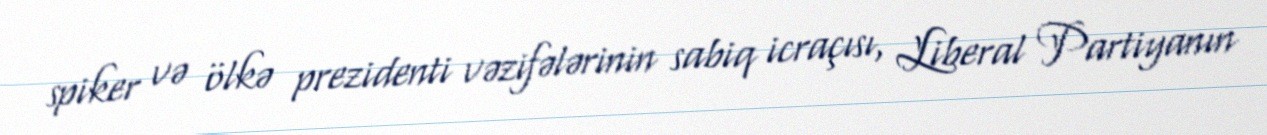
spiker və ölkə prezidenti vəzifələrinin sabiq icraçısı, Liberal Partiyanın